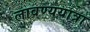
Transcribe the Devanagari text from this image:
लावण्ययात्रा